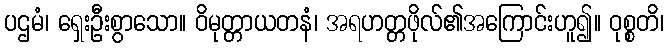
ပဌမံ၊ ရှေးဦးစွာသော။ ဝိမုတ္တာယတနံ၊ အရဟတ္တဖိုလ်၏အကြောင်းဟူ၍။ ဝုစ္စတိ၊